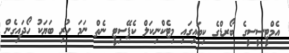
އެމްޓީސީސީގެ ބޯރޑްގެ ކިބައިގައި މިޓެކްނިކަލް ކެޕޭސިޓީ ނެތް ނަމަ ހުރި ބަޔަކު ހޯދައިގެން